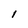
Character: I